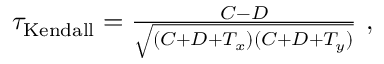
\begin{array} { r } { \tau _ { \mathrm { K e n d a l l } } = \frac { C - D } { \sqrt { ( C + D + T _ { x } ) ( C + D + T _ { y } ) } } \ , } \end{array}